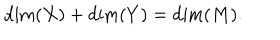
\mathrm { d i m } ( X ) + \mathrm { d i m } ( Y ) = \mathrm { d i m } ( M ) .